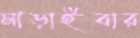
মাড়াইবার